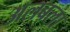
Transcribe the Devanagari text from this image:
अलबला